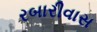
રબારીવાસ